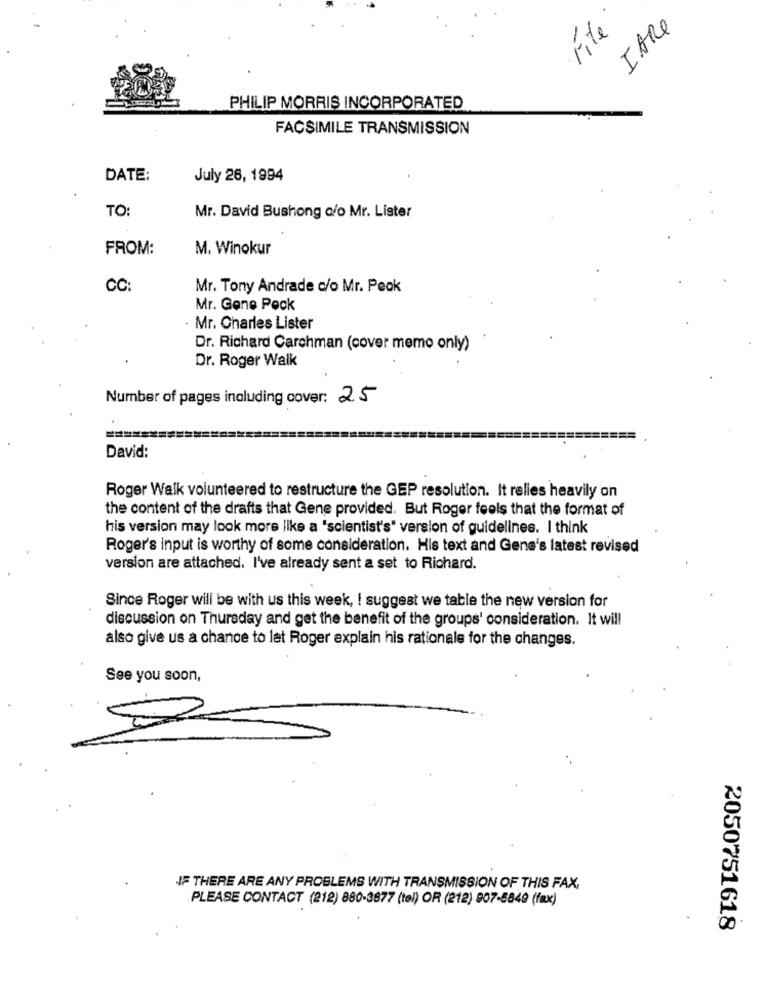
Fite
IARE
PHILIP MORRIS INCORPORATED
FACSIMILE TRANSMISSION
DATE:
July 26, 1994
TO
Mr. David Bushong c/o Mr. Lister
FROM:
M. Winokur
CC:
Mr. Tony Andrade c/o Mr. Peak
Mr. Gene Peck
· Mr. Charles Lister
Dr. Richard Carchman (cover memo only)
Dr. Roger Walk
Number of pages including cover: 25
===================
David:
Roger Walk volunteered to restructure the GEP resolution. It relies heavily on
the content of the drafts that Gene provided. But Roger feels that the format of
his version may look more like a "scientist's" version of guidelines. I think
Roger's input is worthy of some consideration. His text and Gene's latest revised
version are attached. I've already sent a set to Richard.
Since Roger will be with us this week, ! suggest we table the new version for
discussion on Thursday and get the benefit of the groups' consideration. It will
also give us a chance to let Roger explain his rationale for the changes.
See you soon,
IF THERE ARE ANY PROBLEMS WITH TRANSMISSION OF THIS FAX,
PLEASE CONTACT (212) 880-3677 (tel) OR (212) 907-5849 (fax)
2050751618